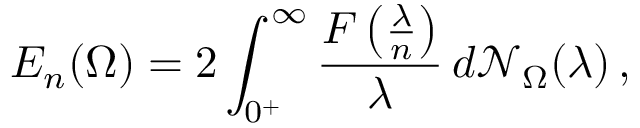
E _ { n } ( \Omega ) = 2 \int _ { 0 ^ { + } } ^ { \infty } \frac { F \left( \frac { \lambda } { n } \right) } { \lambda } \, d \mathcal { N } _ { \Omega } ( \lambda ) \, ,